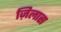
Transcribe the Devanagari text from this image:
ज़िलास